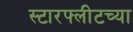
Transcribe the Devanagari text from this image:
स्टारफ्लीटच्या